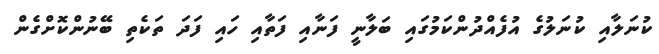
ކުނަލާއި ކުނަލުގެ އުފެއްދުންކަމުގައި ބަލާނީ ފަނާއި ފަތާއި ހައި ފަދަ ތަކެތި ބޭނުންކޮށްގެން